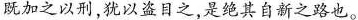
既加之以刑，犹以盗目之，是绝其自新之路也。